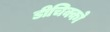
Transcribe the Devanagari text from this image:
डीचिक्को